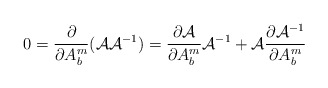
\begin{align*}0=\frac{\partial}{\partial A^m_b}({\cal A}{\cal A}^{-1}) =\frac{\partial{\cal A}}{\partial A^m_b}{\cal A}^{-1} +{\cal A}\frac{\partial{\cal A}^{-1}}{\partial A^m_b}\end{align*}